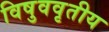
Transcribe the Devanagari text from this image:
विषुववृतीय